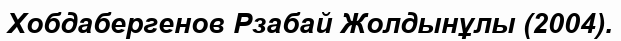
Хобдабергенов Рзабай Жолдынұлы (2004).